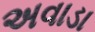
અવાડા